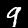
Digit: 9